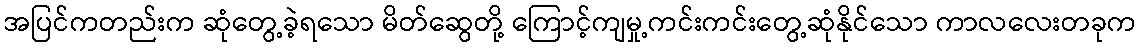
အပြင်ကတည်းက ဆုံတွေ့ခဲ့ရသော မိတ်ဆွေတို့ ကြောင့်ကျမှု့ကင်းကင်းတွေ့ဆုံနိုင်သော ကာလလေးတခုက